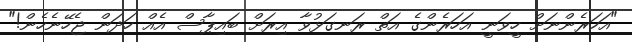
"އަހަރެންނަށް ހީވަނީ އަހަރެންގެ އަތް ރަނގަޅުވާ އިރަށް ބައިޕާސް އެއް ހަދަން ޖެހޭނެހެން!"